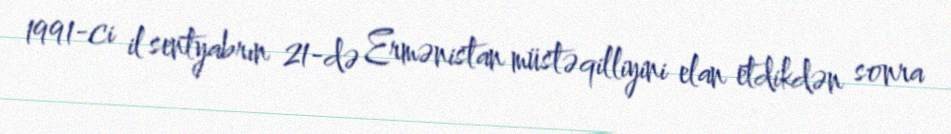
1991-ci il sentyabrın 21-də Ermənistan müstəqilliyini elan etdikdən sonra